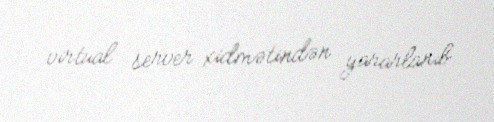
virtual server xidmətindən yararlanıb.